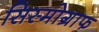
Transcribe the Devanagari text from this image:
सिस्मोग्राफ